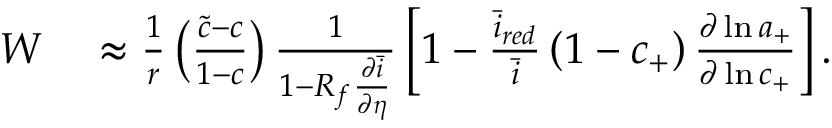
\begin{array} { r l } { W } & { { } \approx \frac { 1 } { r } \left( \frac { \tilde { c } - c } { 1 - c } \right) \frac { 1 } { 1 - R _ { f } \frac { \partial \bar { i } } { \partial \eta } } \left[ 1 - \frac { \bar { i } _ { r e d } } { \bar { i } } \left( 1 - c _ { + } \right) \frac { \partial \ln { a _ { + } } } { \partial \ln { c _ { + } } } \right] . } \end{array}